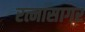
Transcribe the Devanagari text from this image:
रत्नासागर